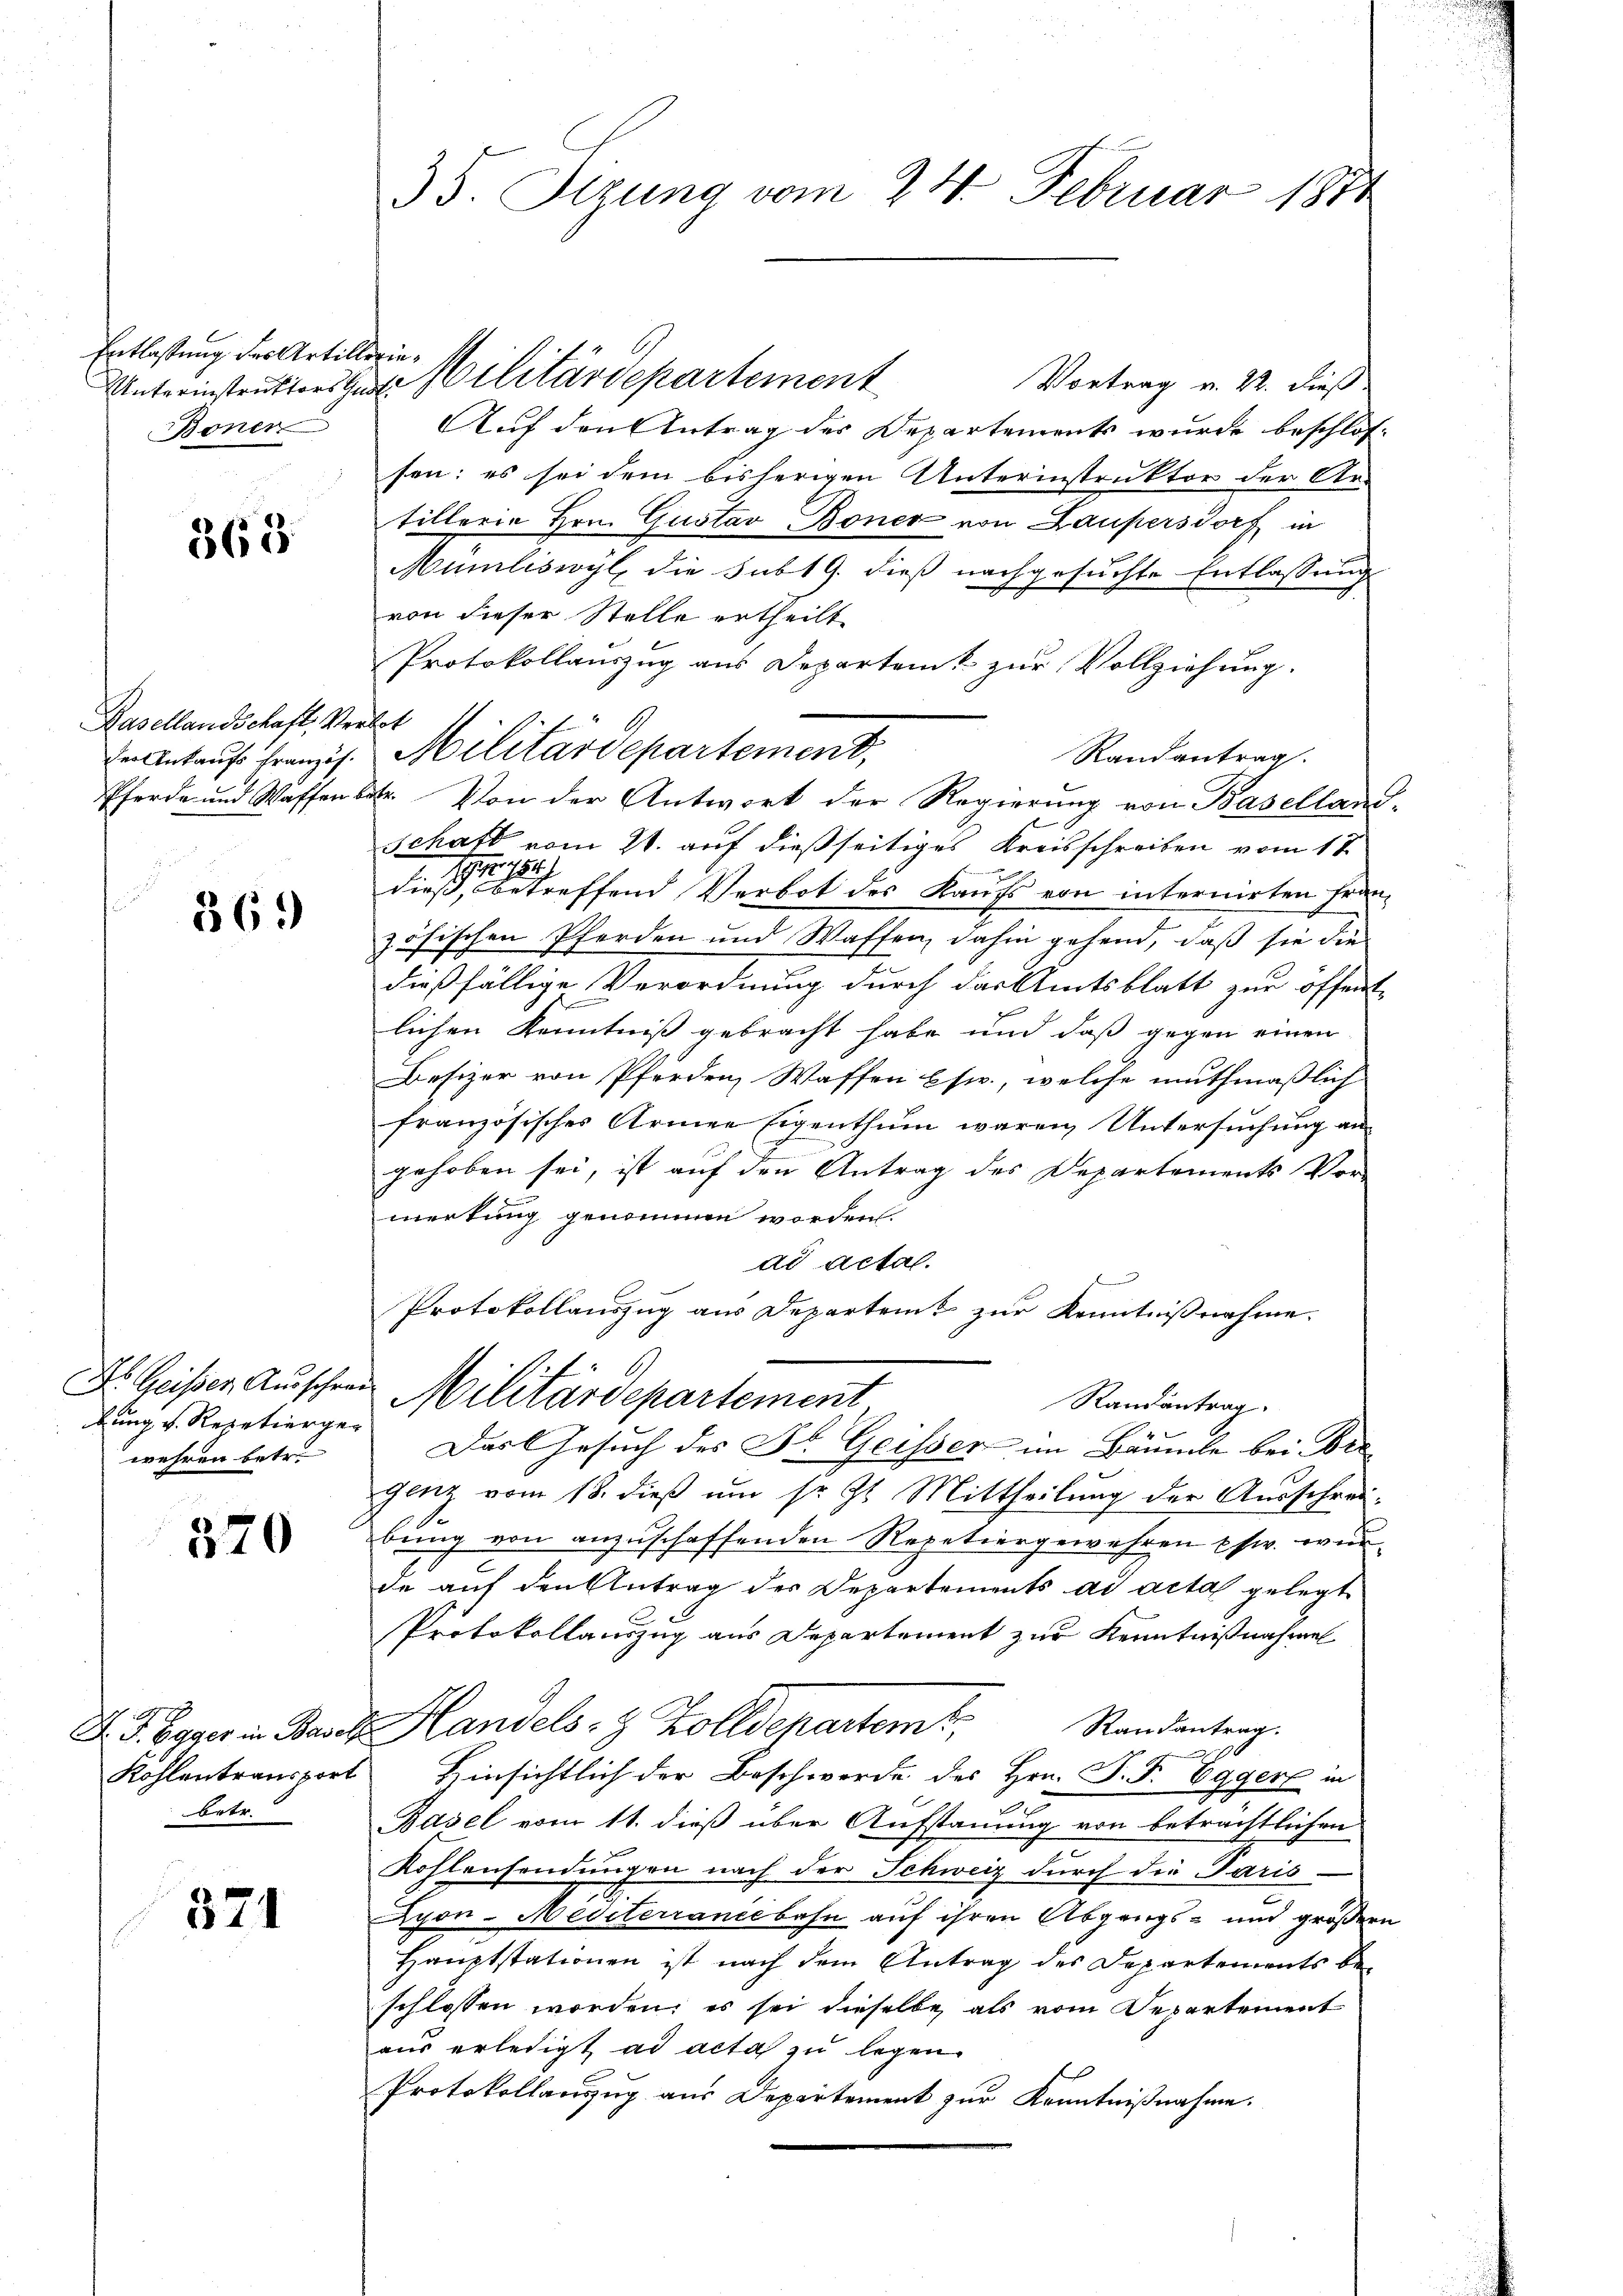
Entlassung des Artille
Unterinstruktors Gade
Boner

363

Basellandschaft, Verder Ankaufs französ.
Pferde und Waffen b

369

bung v. Repetiergewehren betr.

370

betr.

371

35. Sigung vom 24. Februar 1874

pru¬

Militärdepartement
Vortrag v. 22. dieß
Auf den Antrag der Departements wurde beschlos-
sen; es sei dem bisherigen Unterinstruktor der Ar-
tillerin Hrn. Gustav Boner von Laupersdorf in
Mumliswyl, die sub 19. dieß nachgesuchte Entlassung
von dieser Stelle ertheilt
Protokollauszug aus Departent zur Vollziehung.
ot
Randantrag.
t. Von der Antwort der Regierung von Baselland-
x
Schaft vom 21. auf dießseitiges Kreisschreiben vom 17.
diese eine betreffend Verbot des Kaufs von internirten Franz
zösischen Pferden und Waffen, dahin gehend, daß sie die
dießfällige Verordnung durch das Amtsblatt zur öffentlichen Kenntniß gebracht habe und daß gegen einen
Besizer von Pferden, Waffen Esw., welche muthmaßlich
französisches Armee Eigenthum waren Untersuchung an
gehoben sei, ist auf den Antrag des Departements Vor
merkung genommen worden.
ad actal.
Protokollauszug aus Departent zur Kenntnißnahme.
Dr. Geiser Ausschrei Militärdepartement
Randantrag

Militärdepartement,

Dart Gesuch des Dr. Geisser im Bäumle bei Bre
genz vom 18. dieß um sr. Zt. Mittheilung der Ausschrei
bung von anzuschaffenden Repetiergewehren usw. we
de auf den Antrag der Departements ad acta gelegt
Protokollauszug aus Departement zur Kenntnißnahme
J. J. Egger in Basel. Handels- & Zolldepartem Randantrag.
Kohlentransport Hinsichtlich der Beschwerde des Hrn. J. F. Egger in
Basel vom 11. dieß über Aufstauung von beträchtlichen
Kohlensendungen nach der Schweiz durch die Paris-
yon-Mediterranicbahn auf ihren Abgangs- und größern
Hauptstationen ist nach dem Antrag des Departements beschlossen worden, es sei dieselbe als vom Departement
aus erledigt ad acta zu legen.
Protokollanzug aus Departement zur Kenntnißnahme.